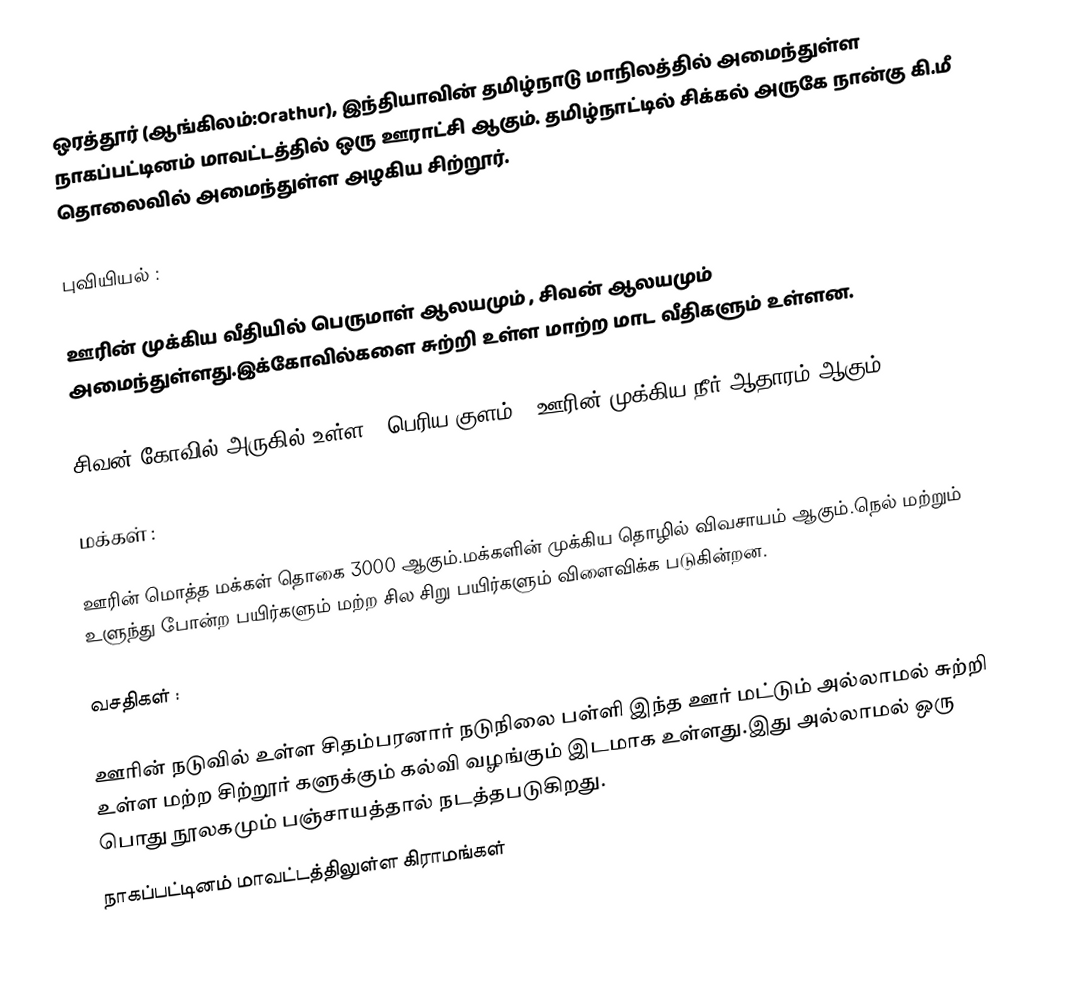
ஒரத்தூர்  (ஆங்கிலம்:Orathur), இந்தியாவின் தமிழ்நாடு மாநிலத்தில் அமைந்துள்ள  நாகப்பட்டினம் மாவட்டத்தில்  ஒரு ஊராட்சி ஆகும். தமிழ்நாட்டில் சிக்கல்  அருகே நான்கு கி.மீ தொலைவில் அமைந்துள்ள அழகிய  சிற்றூர்.

புவியியல் :

ஊரின் முக்கிய வீதியில் பெருமாள் ஆலயமும் , சிவன் ஆலயமும் அமைந்துள்ளது.இக்கோவில்களை சுற்றி உள்ள மாற்ற மாட வீதிகளும் உள்ளன.

சிவன் கோவில் அருகில் உள்ள " பெரிய குளம் " ஊரின் முக்கிய நீர் ஆதாரம் ஆகும்.

மக்கள் :

ஊரின் மொத்த மக்கள் தொகை 3000 ஆகும்.மக்களின் முக்கிய தொழில் விவசாயம் ஆகும்.நெல் மற்றும் உளுந்து போன்ற பயிர்களும் மற்ற சில சிறு பயிர்களும் விளைவிக்க படுகின்றன.

வசதிகள் :

ஊரின் நடுவில் உள்ள சிதம்பரனார் நடுநிலை பள்ளி இந்த ஊர் மட்டும் அல்லாமல் சுற்றி உள்ள மற்ற சிற்றூர் களுக்கும் கல்வி வழங்கும் இடமாக உள்ளது.இது அல்லாமல் ஒரு பொது நூலகமும் பஞ்சாயத்தால் நடத்தபடுகிறது.
 நாகப்பட்டினம் மாவட்டத்திலுள்ள கிராமங்கள்